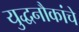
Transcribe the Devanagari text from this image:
युद्धनौकांचे